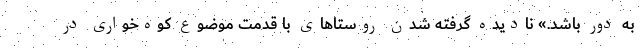
به دور باشد.» نادیده گرفته شدن روستاهای با قدمت موضوع کوه‌خواری در